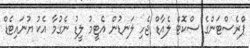
ޕްރެސްޓަންގެ ސްކޮޓް ލެއާޑް ޖެހި ލަނޑުން އެޓީމު ލީޑު ނެގުމާ އެކު ޔުނައިޓެޑް